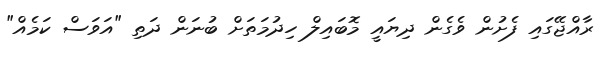
ރާއްޖޭގައި ފެށުން ވެގެން ދިޔައީ މޮބައިލް ހިދުމަތަށް ބުނަން ދަތި "އަވަސް ކަމެއް"